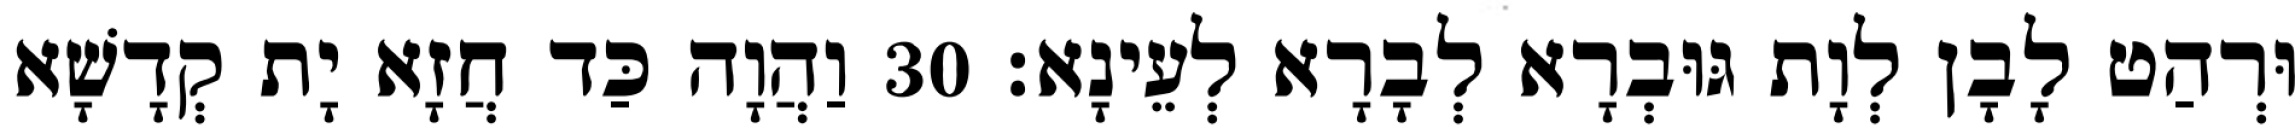
וּרְהַט לָבָן לְוָת גּוּבְרָא לְבָרָא לְעֵינָא׃ 30 וַהֲוָה כַּד חֲזָא יָת קְדָשָׁא